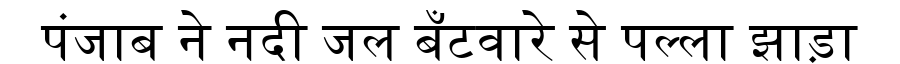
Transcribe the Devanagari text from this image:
पंजाब ने नदी जल बँटवारे से पल्ला झाड़ा